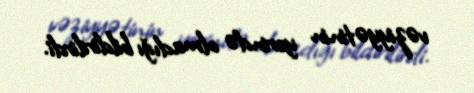
vəziyyətinin yerində olmadığı bildirilirdi.